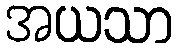
အယသာ